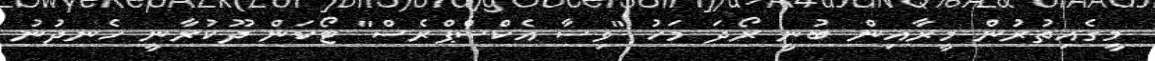
މީގެއިތުރުން މީރާއިން ބުނީ ރޯދަ މަހު "ވިސާ އެކްސްޕްރެސް" ޓޯކަން ދޫކުރާނީ ހެނދުނު